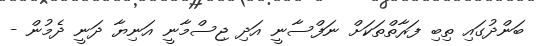
ބަންދުގައި ތިބި ފަރާތްތަކަށް ނަފްސާނީ އަދި ޖިސްމާނީ އަނިޔާ ދަނީ ދެމުން -